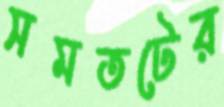
সমতটের